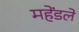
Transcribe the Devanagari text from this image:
महेंडले